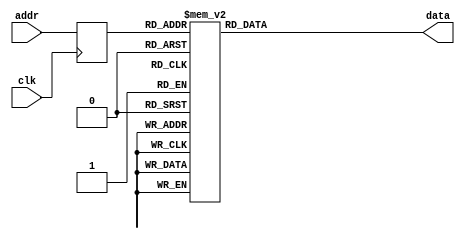
module xilinx_rom_sync_template
    (
     input wire clk,
     input wire [3:0] addr,
     output wire [6:0] data         // edited from 7
    );
    
    // signal declaration
    reg [3:0] addr_reg;
    
    // body
    
    always @(posedge clk)
    begin
        addr_reg <= addr;
    end
    
    always @*
    begin
        case(addr_reg)                      // 0 enables the led
            4'h0: data = 7'b000_0000;
            4'h1: data = 7'b100_1111;
            4'h2: data = 7'b001_0010;
            4'h3: data = 7'b000_0110;
            4'h4: data = 7'b100_1100;
            4'h5: data = 7'b010_0100;
            4'h6: data = 7'b010_0000;
            4'h7: data = 7'b000_1111;
            4'h8: data = 7'b000_0000;
            4'h9: data = 7'b000_0100;
            4'ha: data = 7'b000_1000;
            4'hb: data = 7'b110_0000;
            4'hc: data = 7'b011_0001;
            4'hd: data = 7'b100_0010;
            4'he: data = 7'b011_0000;
            4'hf: data = 7'b011_1000;
        endcase
    end
    
endmodule